Second report of the anti-malarial operations at Mian Mir, 1901-1903 - Number 9
Year: 1901
Disease focus: Malaria
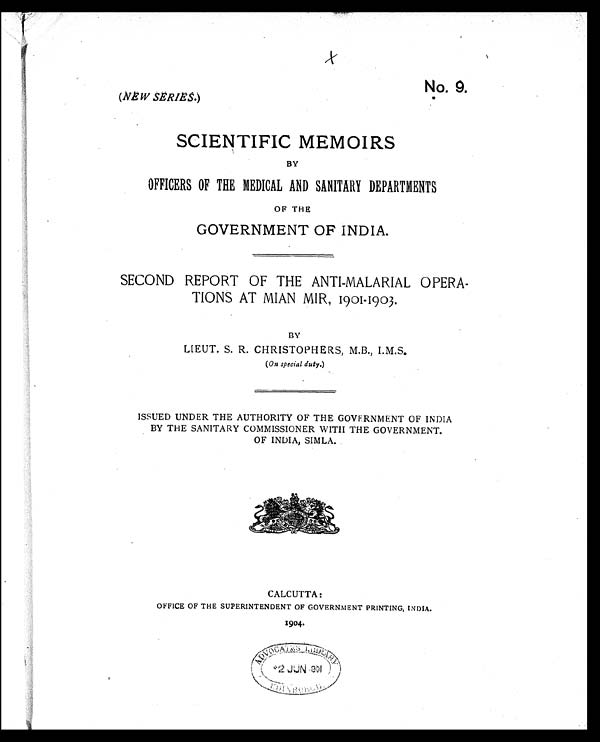
No. 9.
(NEW SERIES.)
SCIENTIFIC MEMOIRS
BY
OFFICERS OF THE MEDICAL AND SANITARY DEPARTMENTS
OF THE
GOVERNMENT OF INDIA.
SECOND REPORT OF THE ANTI-MALARIAL OPERA-
TIONS AT MIAN MIR, 1901-1903.
BY
LIEUT. S. R. CHRISTOPHERS, M.B., I.M.S.
(On special duty.)
ISSUED UNDER THE AUTHORITY OF THE GOVERNMENT OF INDIA
BY THE SANITARY COMMISSIONER WITH THE GOVERNMENT.
OF INDIA, SIMLA.
CALCUTTA:
OFFICE OF THE SUPERINTENDENT OF GOVERNMENT PRINTING, INDIA.
1904.